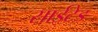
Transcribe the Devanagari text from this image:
साईटेड